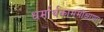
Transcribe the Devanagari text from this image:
धर्मार्थकाममोक्षाणा